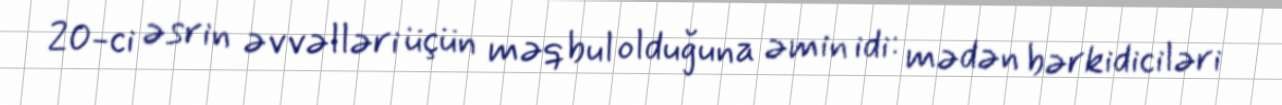
20-ci əsrin əvvəlləri üçün məqbul olduğuna əmin idi: mədən bərkidiciləri